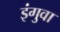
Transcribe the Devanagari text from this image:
इंगुवा